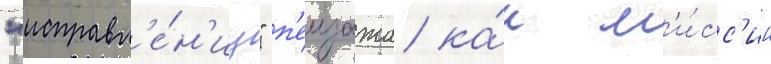
"исправл'е́н'иу" п'еизажа ка́к м'и́сс'ии